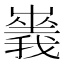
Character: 𡽥